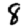
Digit: 8